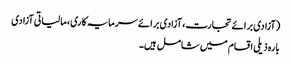
(آزادی برائے تجارت، آزادی برائے سرمایہ کاری، مالیاتی آزادی
بارہ ذیلی اقسام میں شامل ہیں۔